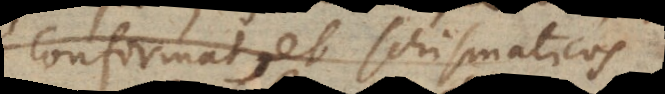
confirmat, et schismaticos